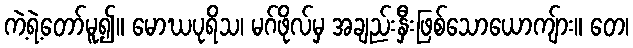
ကဲ့ရဲ့တော်မူ၍။ မောဃပုရိသ၊ မဂ်ဖိုလ်မှ အချည်းနှီးဖြစ်သောယောကျ်ား။ တေ၊